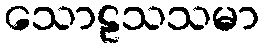
သောဠသသမာ